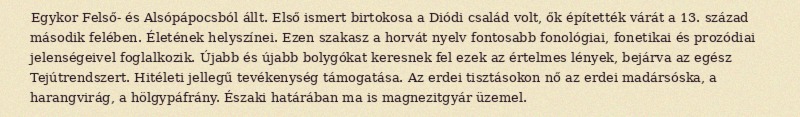
Egykor Felső- és Alsópápocsból állt. Első ismert birtokosa a Diódi család volt, ők építették várát a 13. század második felében. Életének helyszínei. Ezen szakasz a horvát nyelv fontosabb fonológiai, fonetikai és prozódiai jelenségeivel foglalkozik. Újabb és újabb bolygókat keresnek fel ezek az értelmes lények, bejárva az egész Tejútrendszert. Hitéleti jellegű tevékenység támogatása. Az erdei tisztásokon nő az erdei madársóska, a harangvirág, a hölgypáfrány. Északi határában ma is magnezitgyár üzemel.